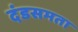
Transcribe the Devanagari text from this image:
दंडसमता